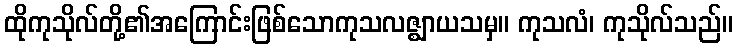
ထိုကုသိုလ်တို့၏အကြောင်းဖြစ်သောကုသလဇ္ဈာယသမှ။ ကုသလံ၊ ကုသိုလ်သည်။